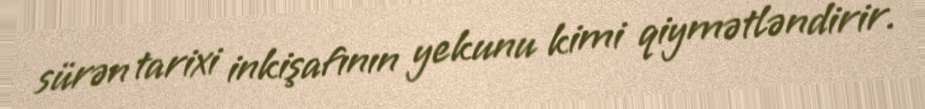
sürən tarixi inkişafının yekunu kimi qiymətləndirir.